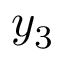
y _ { 3 }